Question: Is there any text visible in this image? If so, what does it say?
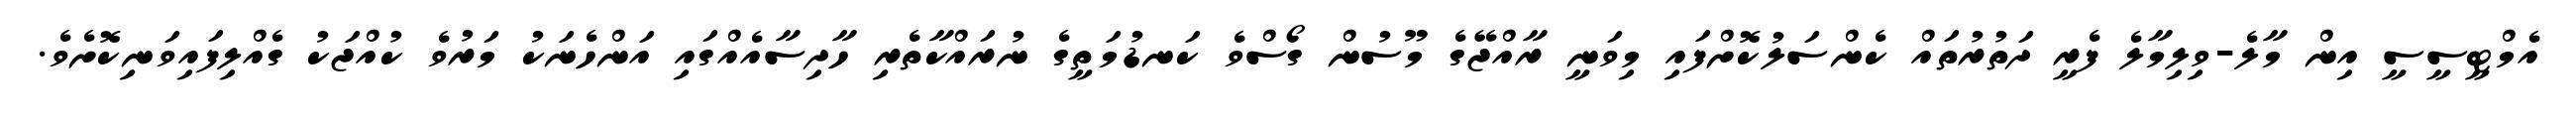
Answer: އެމްޓީސީސީ އިން މާލެ-ވިލިމާލެ ފެރީ ދަތުރުތައް ކެންސަލުކޮށްފައި މިވަނީ ރާއްޖޭގެ މޫސުން ގޯސްވެ ކަނޑުމަތީގެ ނުރައްކާތެރި ހާދިސާއެއްގައި އަންހެނަކު މަރުވެ ކުއްޖަކު ގެއްލިފައިވަނިކޮށެވެ.